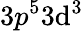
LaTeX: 3p^{5}3\mathrm{d}^{3}